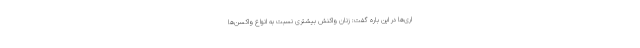
اری‌ها در این باره گفت: زنان واکنش بیشتری نسبت به انواع واکسن‌ها